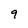
Character: 9